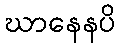
ဃာနေနပိ